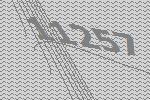
11257